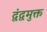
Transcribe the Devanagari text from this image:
द्वंद्वमुक्त